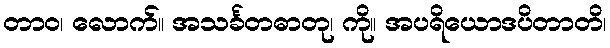
တာဝ၊ လောက်။ အသင်္ခတဓာတု၊ ကို။ အပရိယောဒပိတာတိ၊